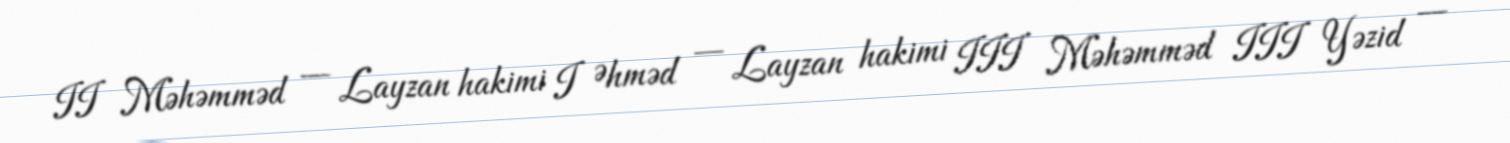
II Məhəmməd — Layzan hakimi I Əhməd — Layzan hakimi III Məhəmməd III Yəzid —